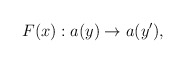
\begin{align*} F(x): a(y) \to a(y') ,\end{align*}